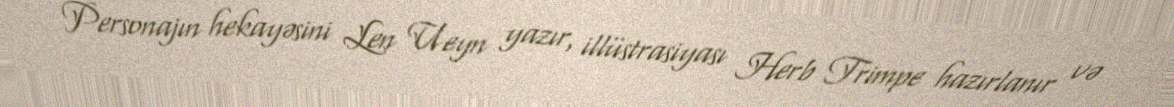
Personajın hekayəsini Len Ueyn yazır, illüstrasiyası Herb Trimpe hazırlanır və